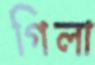
গিলা